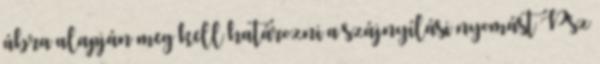
ábra alapján meg kell határozni a szájnyílási nyomást Psz